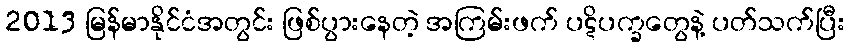
2013 မြန်မာနိုင်ငံအတွင်း ဖြစ်ပွားနေတဲ့ အကြမ်းဖက် ပဋိပက္ခတွေနဲ့ ပတ်သက်ပြီး